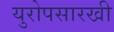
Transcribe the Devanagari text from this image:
युरोपसारखी